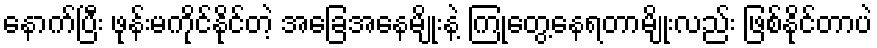
နောက်ပြီး ဖုန်းမကိုင်နိုင်တဲ့ အခြေအနေမျိုးနဲ့ ကြုံတွေ့နေရတာမျိုးလည်း ဖြစ်နိုင်တာပဲ